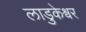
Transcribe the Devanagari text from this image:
लाडुकेश्वर